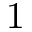
1